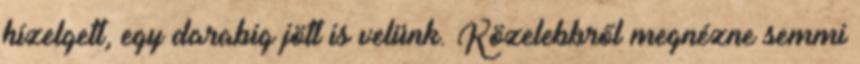
hízelgett, egy darabig jött is velünk. Közelebbről megnézne semmi